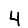
Digit: 4